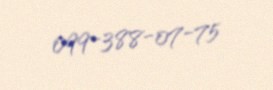
099-388-07-75